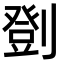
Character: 㔁